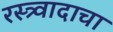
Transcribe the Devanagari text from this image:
रस्त्र्वादाचा